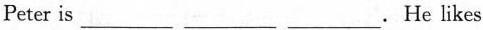
Peter is ___ ___ ___.He likes